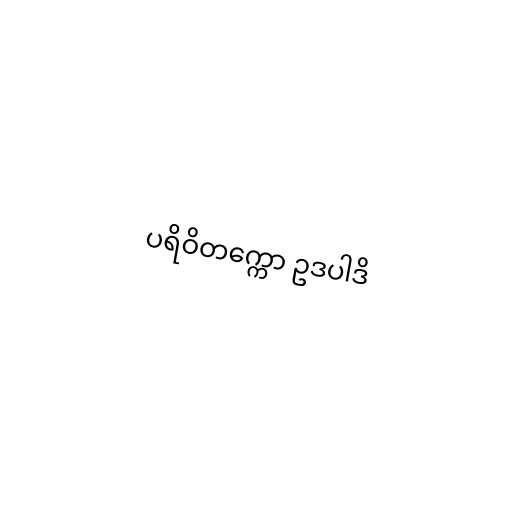
ပရိဝိတက္ကော ဥဒပါဒိ